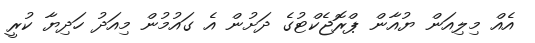
އެއް މިލިއަން ޔުއާން ޕްރޮޖެކްޓުގެ ދަށުން އެ ގައުމުން މިއަދު ހަދިޔާ ކުރީ